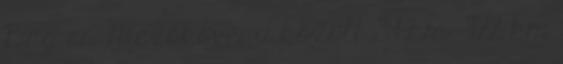
Bag és Mezőkövesd között 39 km – 128 km